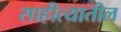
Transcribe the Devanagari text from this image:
साहीत्यातील